Document type: Testament
Year: 1300
Scribe: Bonanat d'Esparreguera
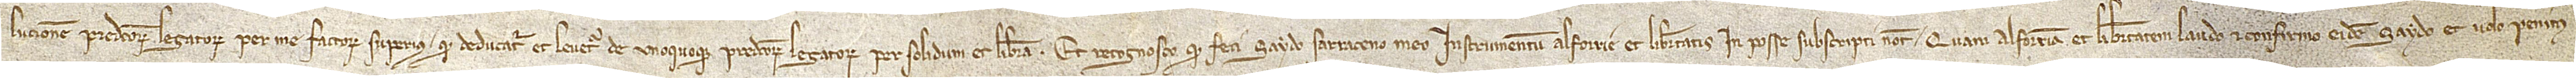
lucionem predictorum legatorum per me factorum superius, quod deducatur et levetur de unoquoque predictorum legatorum per solidum et libram. Et recognosco quod feci Saydo, sarraceno meo, instrumentum alforrie et libertatis in posse subscripti notarii. Quam alforriam et libertatem laudo et confirmo eidem Saydo et volo penitus